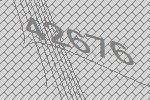
42676